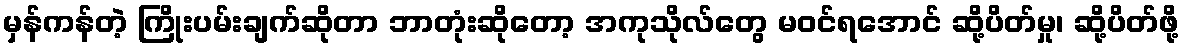
မှန်ကန်တဲ့ ကြိုးပမ်းချက်ဆိုတာ ဘာတုံးဆိုတော့ အကုသိုလ်တွေ မဝင်ရအောင် ဆို့ပိတ်မှု၊ ဆို့ပိတ်ဖို့